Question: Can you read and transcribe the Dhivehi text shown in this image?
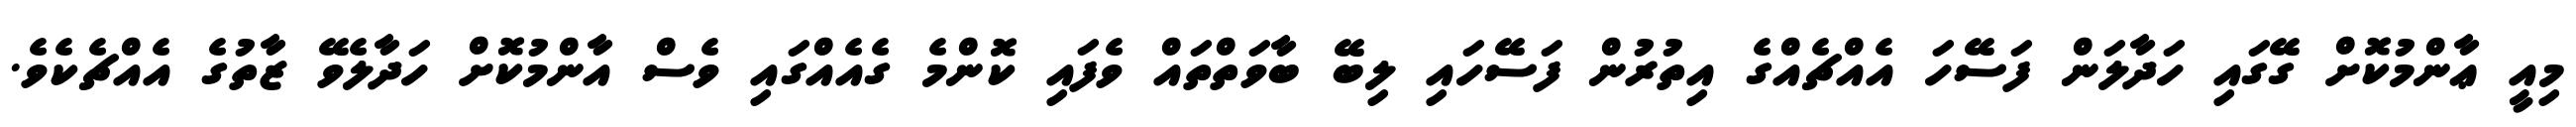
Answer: މިއީ ޢާންމުކޮށް ގޭގައި ހަދާލަން ފަސޭހަ އެއްޗެއްގެ އިތުރުން ފަސޭހައި ލިބޭ ބާވަތްތައް ވެފައި ކޮންމެ ގެއެއްގައި ވެސް އާންމުކޮށް ހަދާލެވޭ ޒާތުގެ އެއްޗެކެވެ.